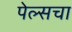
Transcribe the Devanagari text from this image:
पेल्सचा